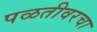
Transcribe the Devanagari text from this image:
पळतीवरचा